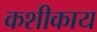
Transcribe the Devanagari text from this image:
कशीकाय